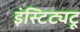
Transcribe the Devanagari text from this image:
इंस्टिट्यटू